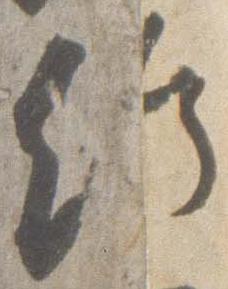
給